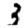
Digit: 3